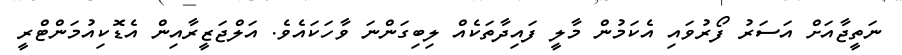
ނަތީޖާއަށް އަސަރު ފޯރުވައި އެކަމުން މާލީ ފައިދާތަކެއް ލިބިގަންނަ ވާހަކައެވެ. އަލްޖަޒީރާއިން އެޑޮކިއުމަންޓްރީ